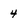
Character: 4